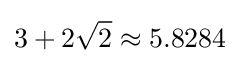
3+2{\sqrt {2}}\approx 5.8284